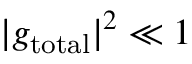
| g _ { \mathrm { t o t a l } } | ^ { 2 } \ll 1